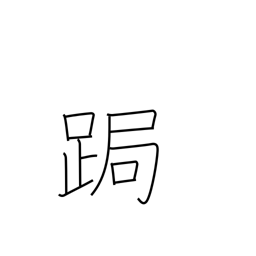
Meaning: stoop